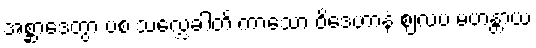
အစ္ဆာဒေတွာ ပစံ သလ္လေခါတိ ကာသော ဝိဒေဟာနံ ဈလပ မဟန္တာယ